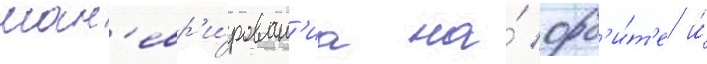
ман'евр'и́рован'иа на́ орб'и́т'е и́